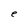
Character: e